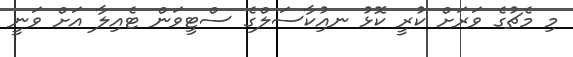
މި މެޗުގެ ވަރަށް ކުރީ ކޮޅު ނއިުކާސަލްގެ ސްޓީވަން ޓެއިލާ އަށް ވަނީ